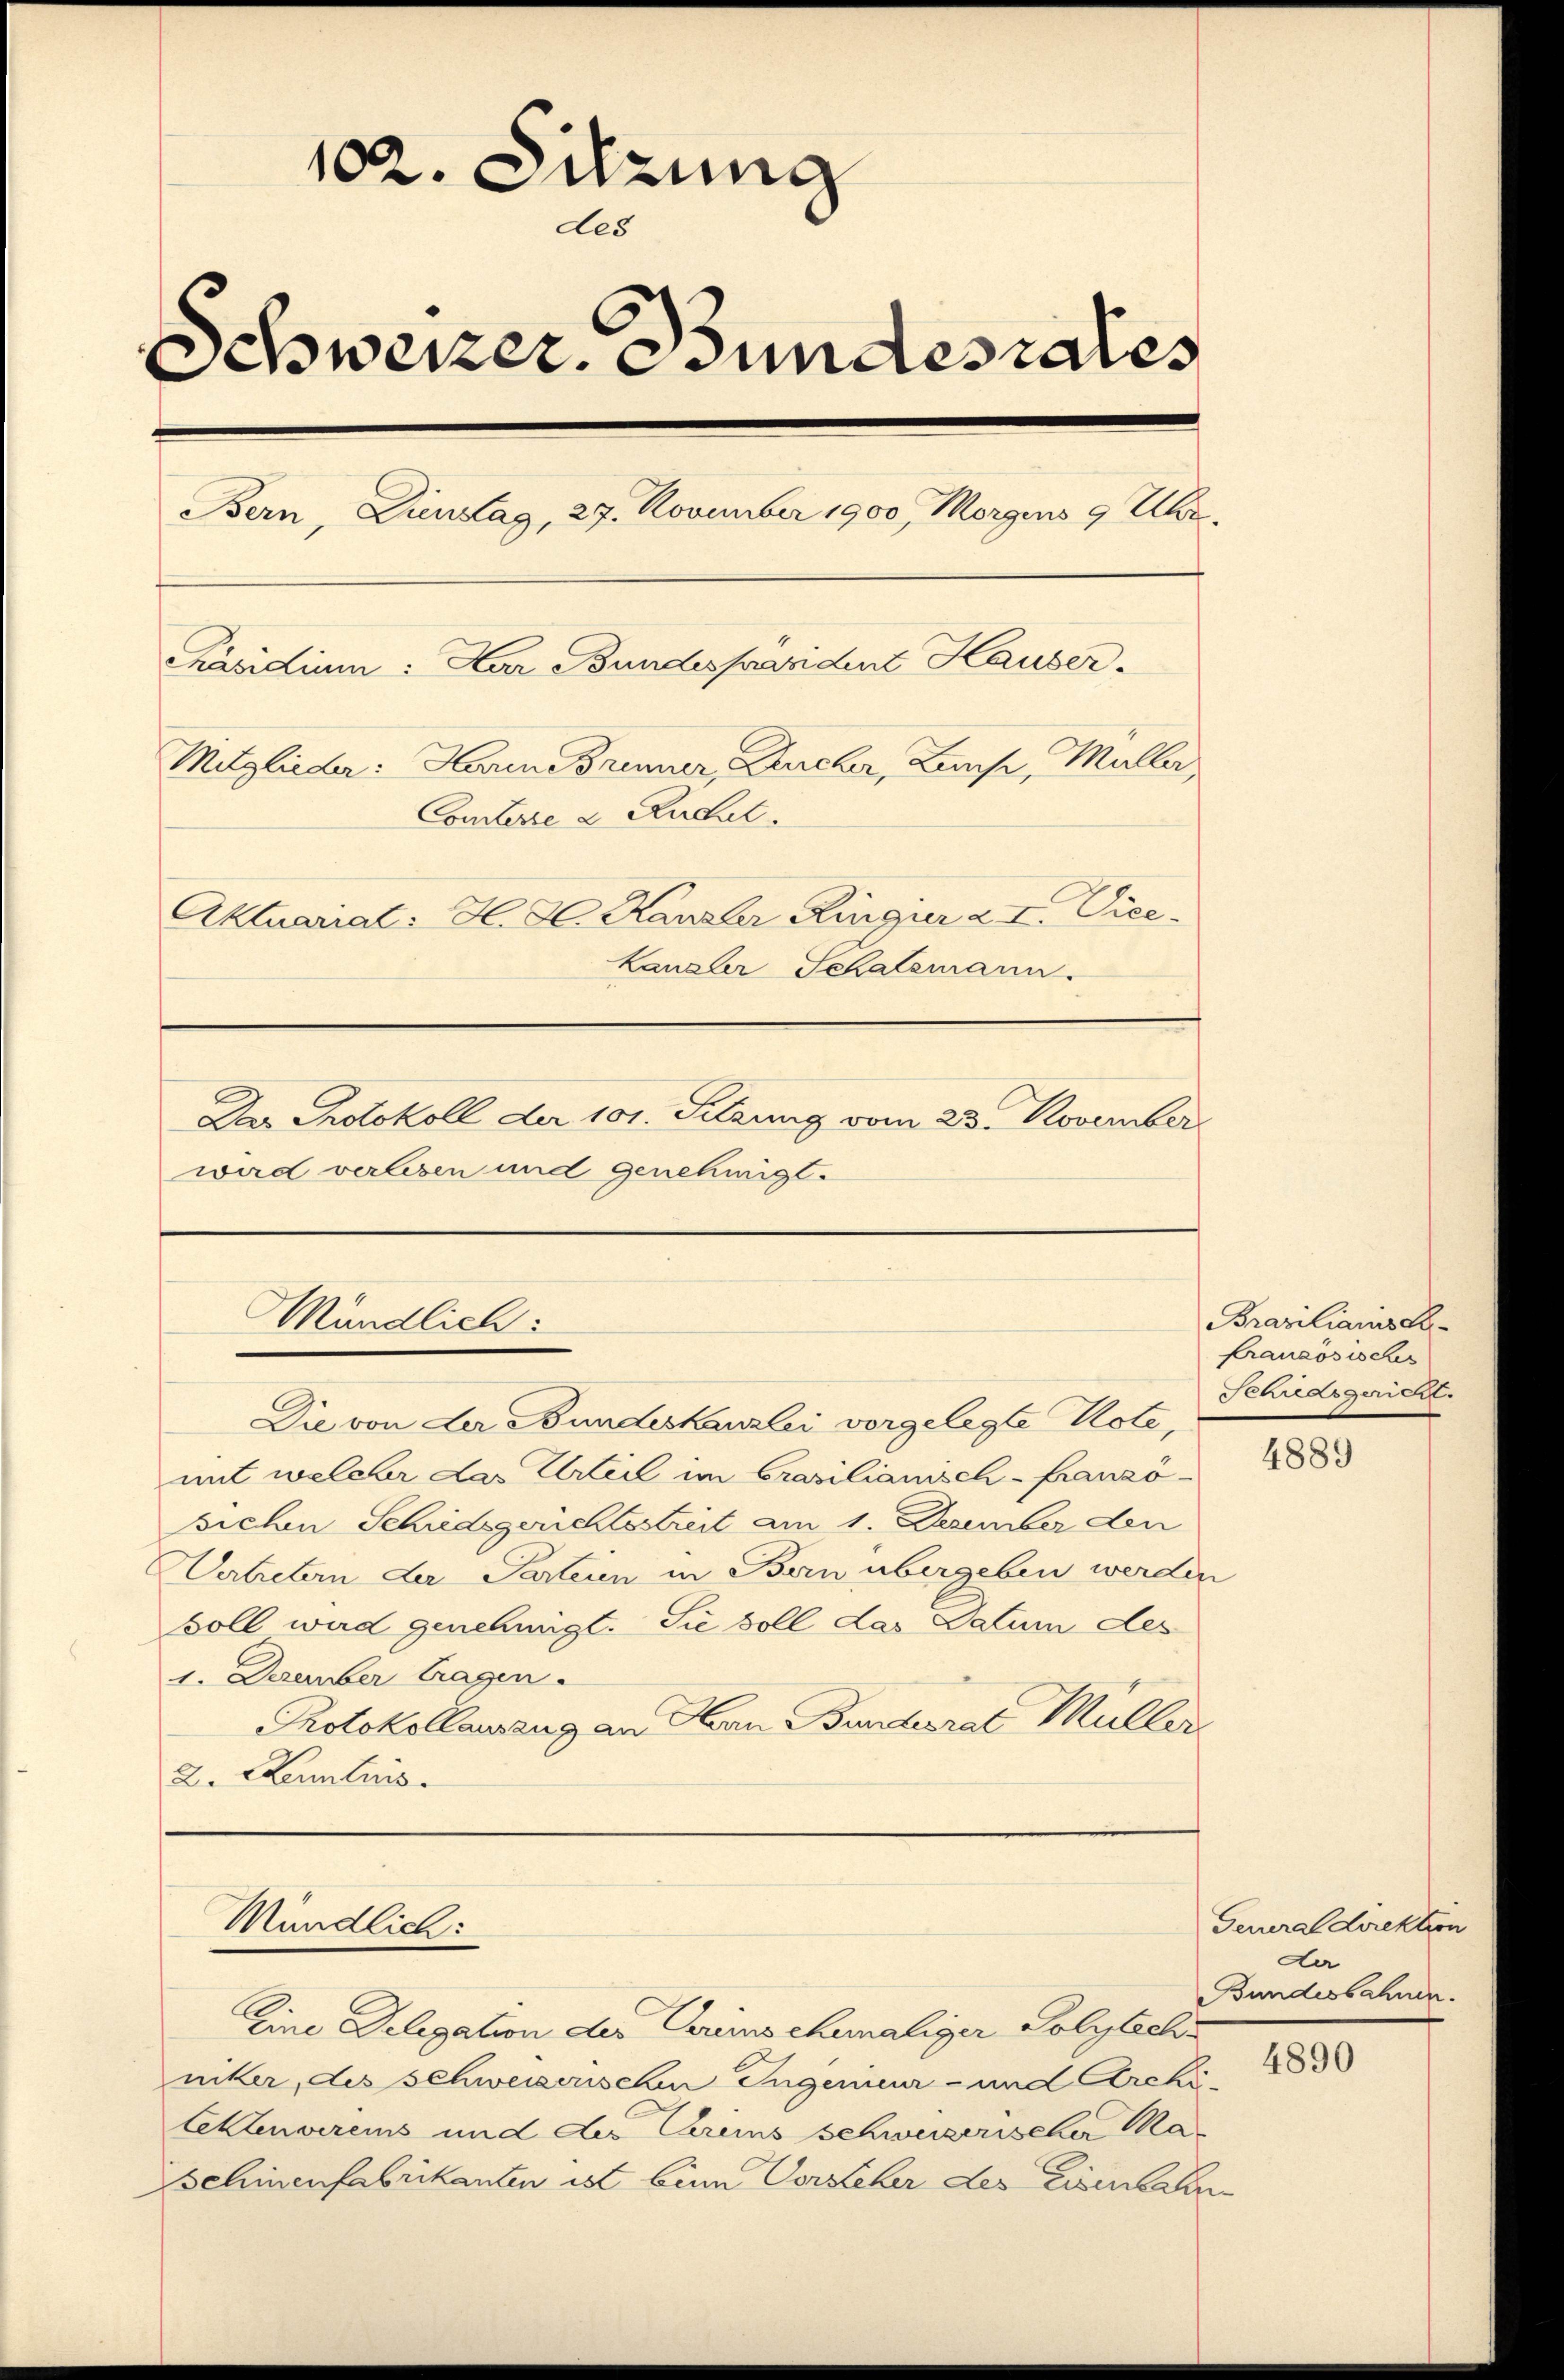
102. Sitzung
des
Schweizer, Stundesrates
Bern, Dienstag, 27. November 1900, Morgens 9 Uhr.
Präsidium: Der Bundespräsident Hauser.
Mitglieder: Harin Brenner, Kircher, Lause, Malle
Comtesse & Zutat.
Aktuariat: H. A. Kanzler Ringier a. I. Vice-
Kanzler Schatzmann.
Das Protokoll der 101. Setzung vom 23. November
wird verlesen und genehmigt.

Mündlich:

Die von der Bundeskanzlei vorgelegte Note,
mit welcher das Urteil im brasilianisch - franzosichen Schiedsgerichtsstreit am 1. Dezember den
Vertretern der Parteien in Bern übergeben werden
boll wird genehmigt. Sie soll das Datum des
1. Dezember tragen.
Protokollauseng an Herrn Bundesrat Müller
2. Kenntnis.

Mündlich:

niker, des schweizerischen Ingenieur- und Archi
Aktenvereins und der Careins schweizerischer Ma
Schinenfabrikanten ist binn Vorsteher des Eisenbahn

Eine Delegation der Ceremschumaliger Polytech

Brasiliarisc
französischer
Schiedsgericht.

4889

Generaldirektion
Der
Bundesbahnen.

4890